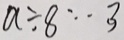
a \div 8 \cdots 3